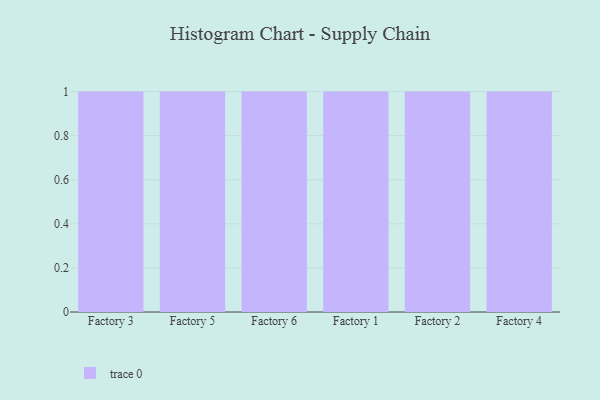
{"axis": {"x": "Factory", "y": "Satisfaction Score"}, "legend": [""], "data": [{"x": "Factory 3", "y": 91, "type": ""}, {"x": "Factory 5", "y": 85, "type": ""}, {"x": "Factory 6", "y": 17, "type": ""}, {"x": "Factory 1", "y": 14, "type": ""}, {"x": "Factory 2", "y": 83, "type": ""}, {"x": "Factory 4", "y": 96, "type": ""}]}